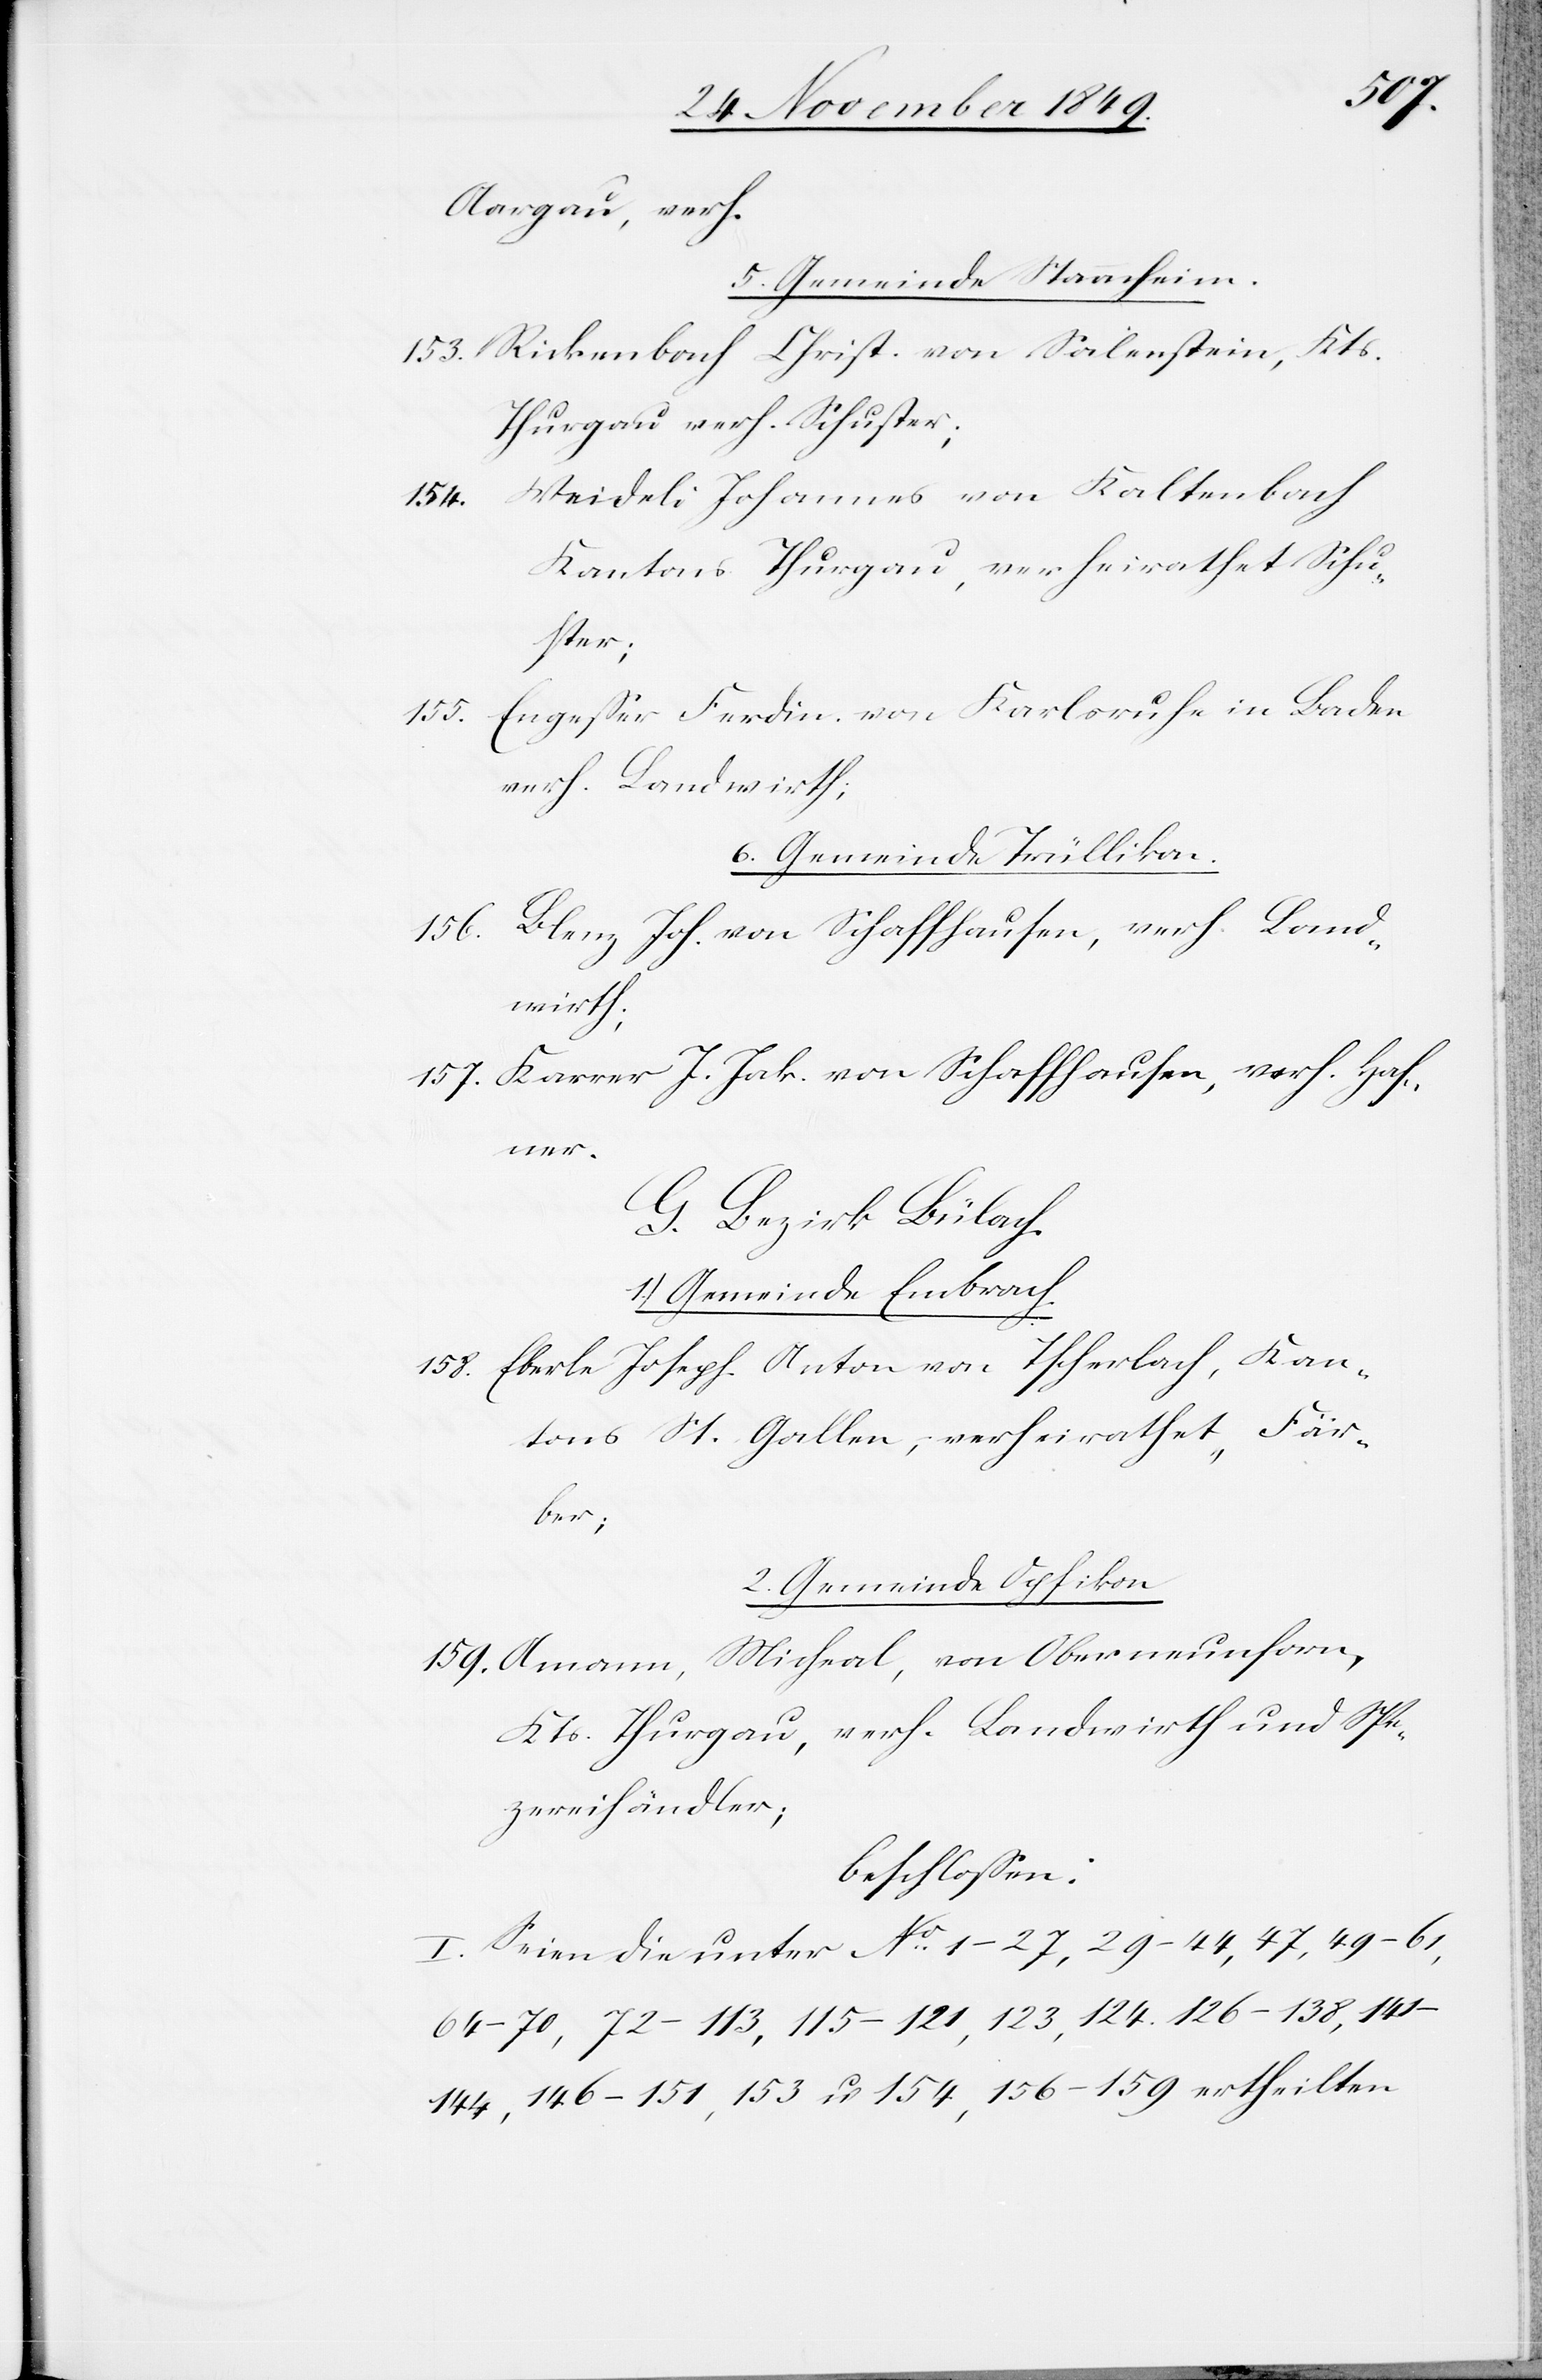
Aargau, verh.
5. Gemeinde Stammheim.
153. Rickenbach Christ. von Salenstein, Kts.
Thurgau verh. Schuster;
154. Weideli Johannes von Kaltenbach
Kantons Thurgau, verheirathet Schu¬
ster;
155. Engeßer Ferdin. von Karlsruhe in Baden
verh. Landwirth;
6. Gemeinde Trüllikon.
156. Blenz Joh. von Schaffhausen, verh. Land¬
wirth;
157. Karrer J. Jak. von Schaffhausen, verh. Haf¬
ner.
G. Bezirk Bülach.
1.) Gemeinde Embrach.
158. Eberle Joseph Anton von Tscherlach, Kan¬
tons St. Gallen, verheirathet, Fär¬
ber;
2. Gemeinde Opfikon
159. Amann, Michael, von Oberneunforn,
Kts. Thurgau, verh. Landwirth und Spe¬
zereihändler;
beschloßen:
I. Seien die unter N° 1–27,29–44,